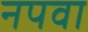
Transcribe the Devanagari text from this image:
नपवा